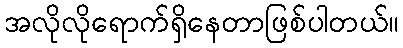
အလိုလိုရောက်ရှိနေတာဖြစ်ပါတယ်။